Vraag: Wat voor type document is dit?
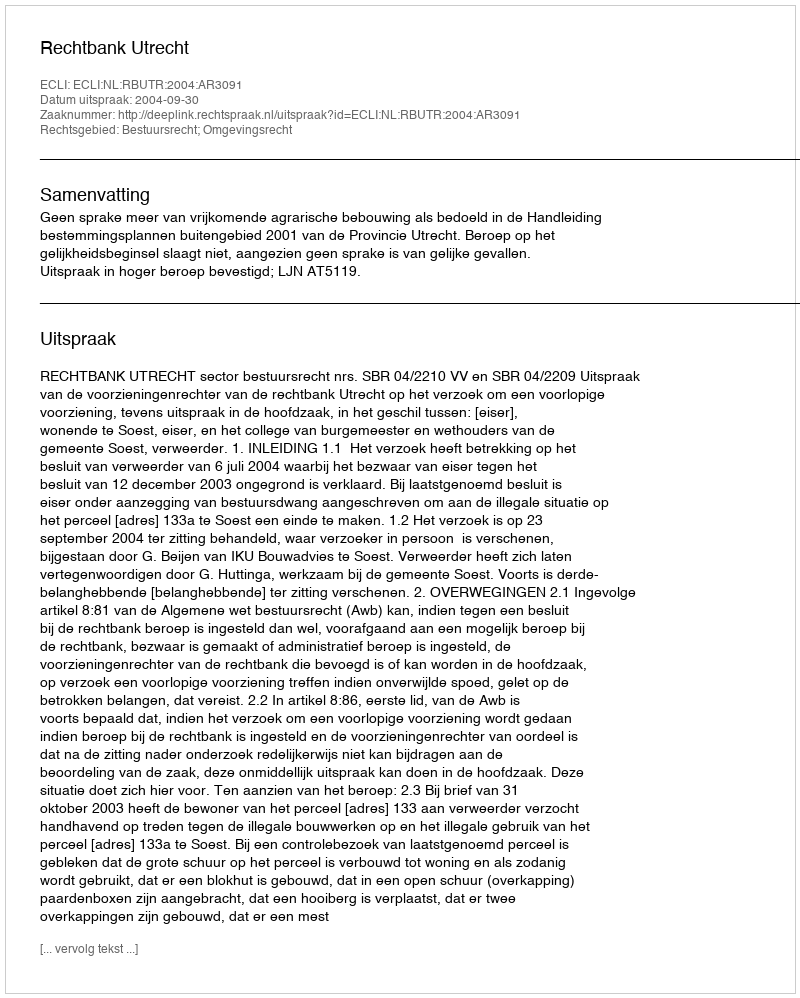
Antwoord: Uitspraak